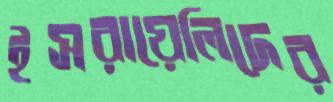
ইসরায়েলিদের